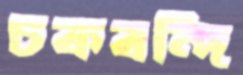
চকবন্দি